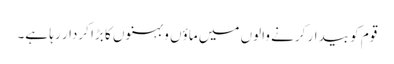
قوم کو بیدار کرنے والوں میں ماؤں و بہنوں کا بڑا کردار رہا ہے۔